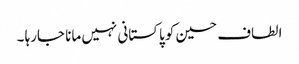
الطاف حسین کو پاکستانی نہیں مانا جارہا ۔